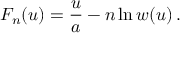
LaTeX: F _ { n } ( u ) = { \frac { u } { a } } - n \ln w ( u ) \, .